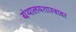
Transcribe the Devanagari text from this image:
ग्रंथालयशास्त्रावर